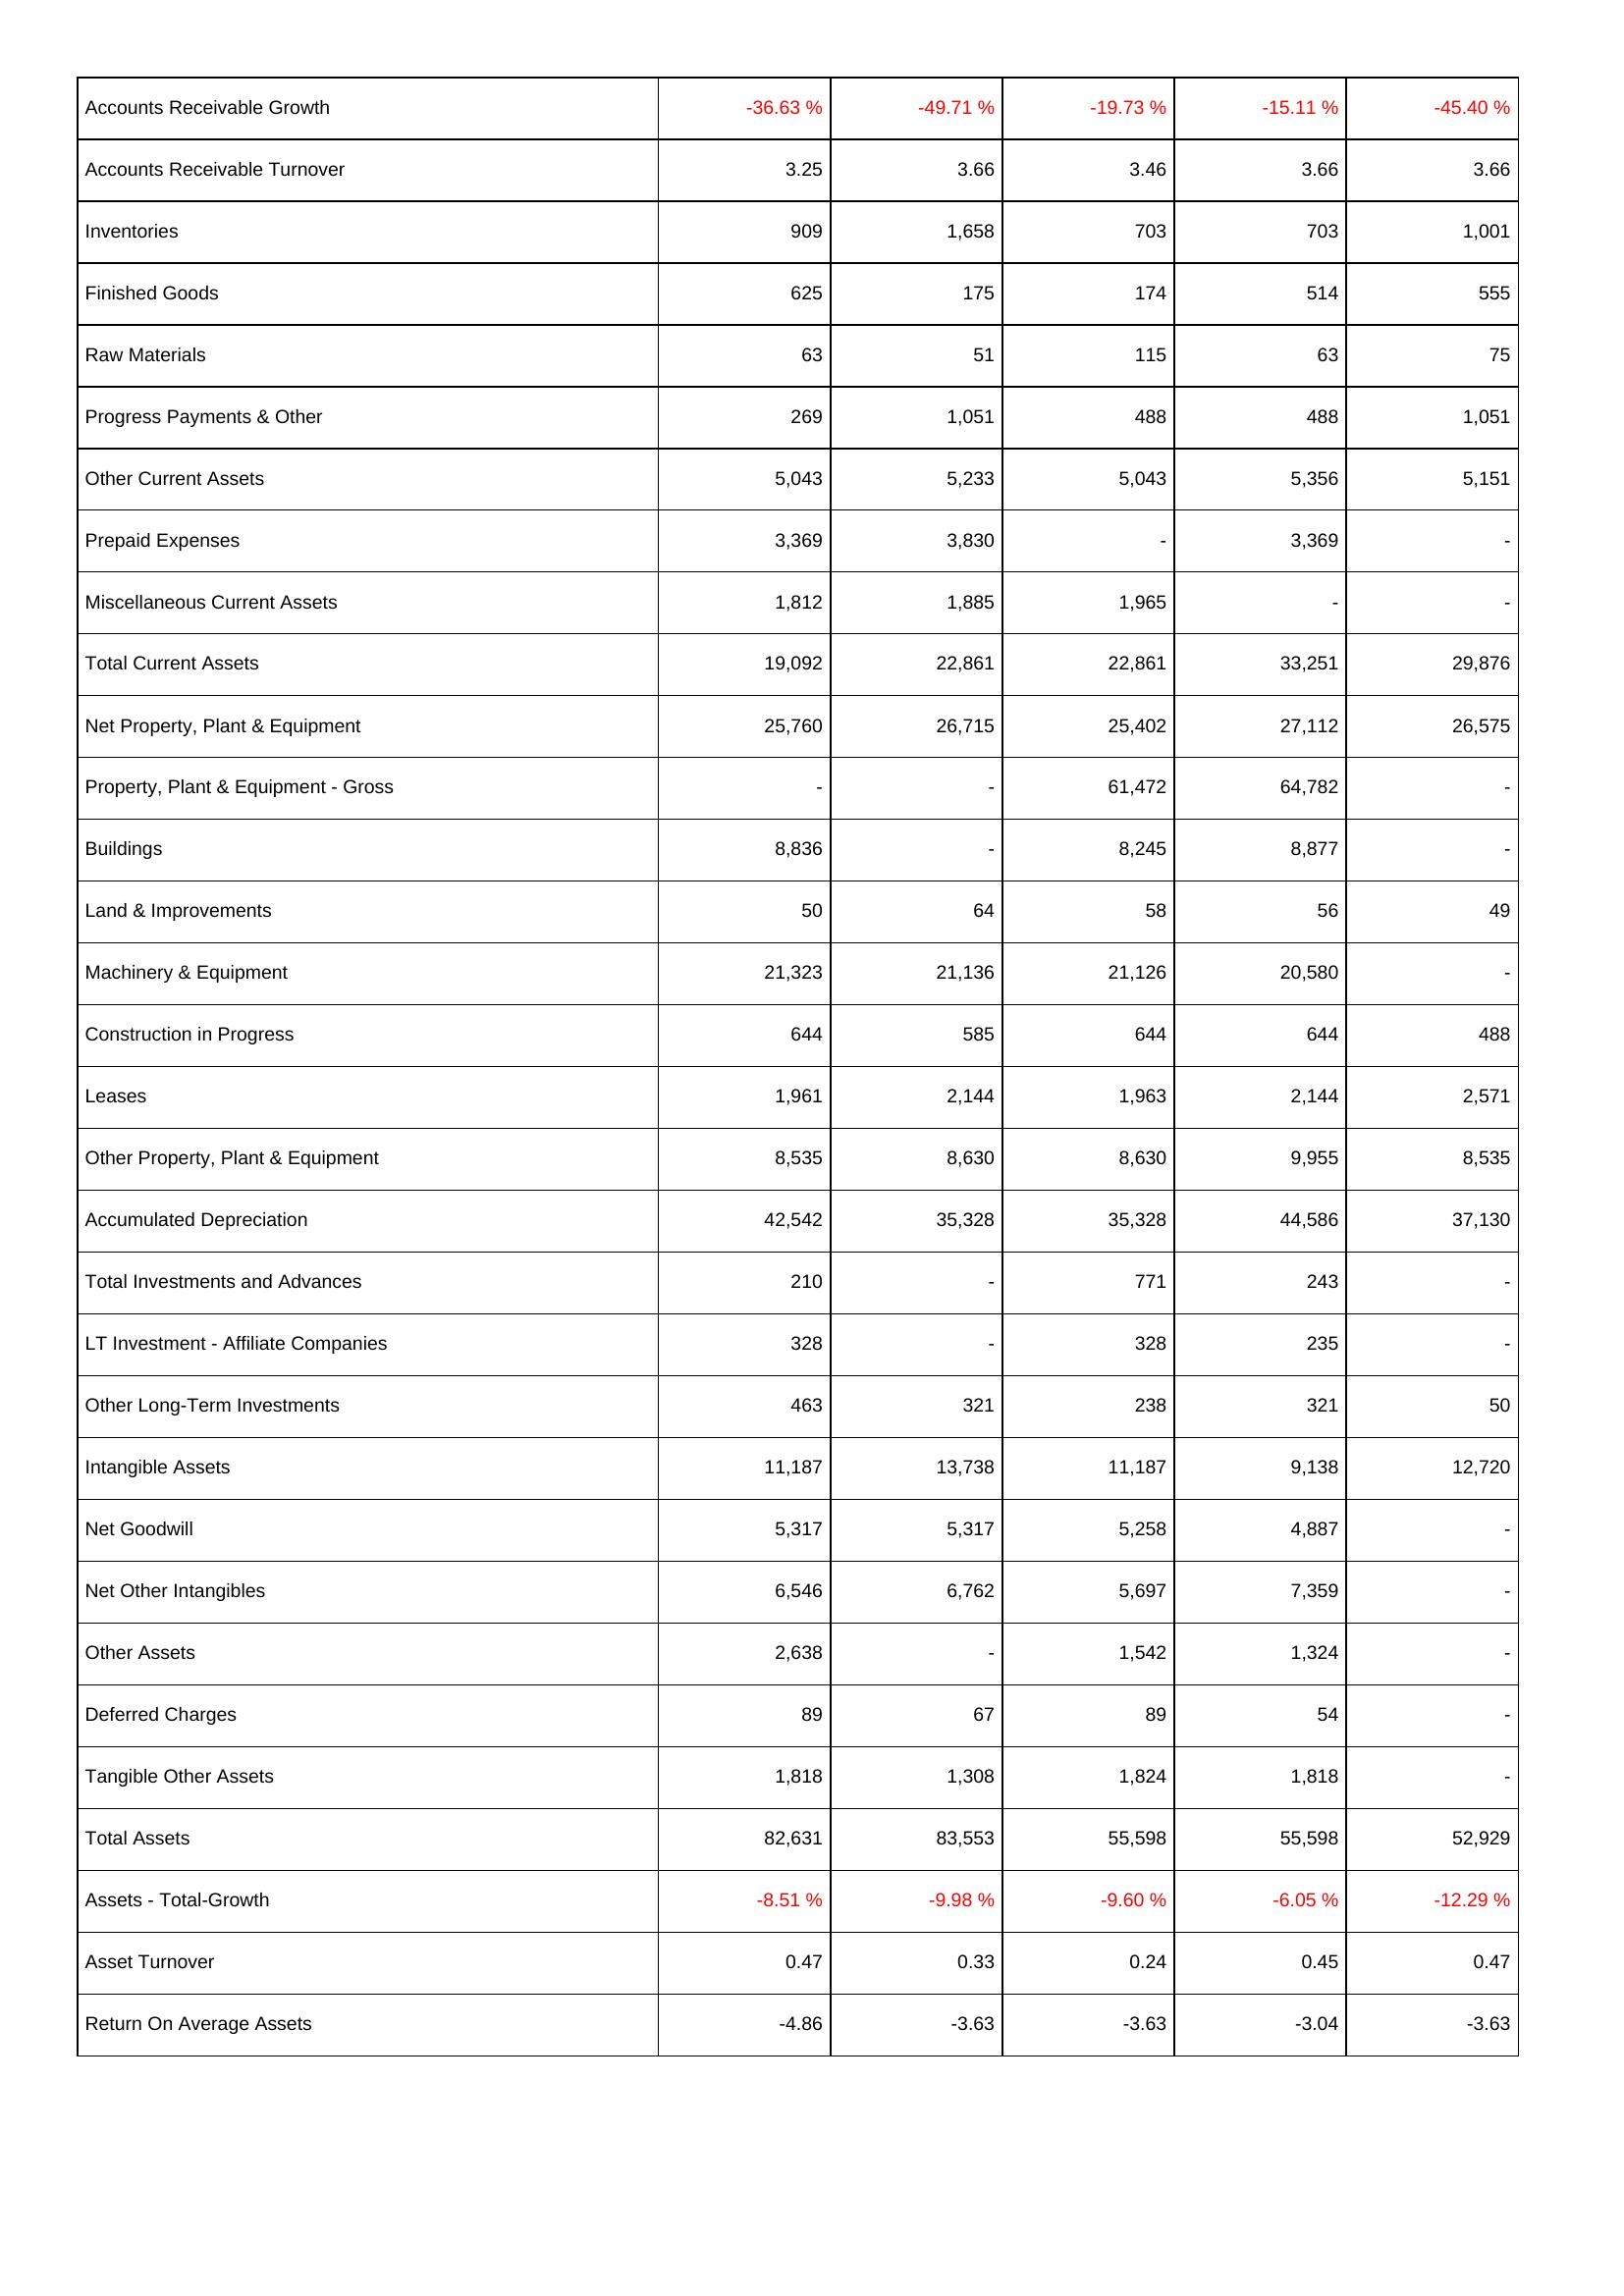
2020: Assets: Accounts Receivable Growth: -36.63 %
Accounts Receivable Turnover: 3.25
Inventories: 909
Finished Goods: 625
Raw Materials: 63
Progress Payments & Other: 269
Other Current Assets: 5,043
Prepaid Expenses: 3,369
Miscellaneous Current Assets: 1,812
Total Current Assets: 19,092
Net Property, Plant & Equipment: 25,760
Property, Plant & Equipment - Gross: -
Buildings: 8,836
Land & Improvements: 50
Machinery & Equipment: 21,323
Construction in Progress: 644
Leases: 1,961
Other Property, Plant & Equipment: 8,535
Accumulated Depreciation: 42,542
Total Investments and Advances: 210
LT Investment - Affiliate Companies: 328
Other Long-Term Investments: 463
Intangible Assets: 11,187
Net Goodwill: 5,317
Net Other Intangibles: 6,546
Other Assets: 2,638
Deferred Charges: 89
Tangible Other Assets: 1,818
Total Assets: 82,631
Assets - Total-Growth: -8.51 %
Asset Turnover: 0.47
Return On Average Assets: -4.86
2019: Assets: Accounts Receivable Growth: -49.71 %
Accounts Receivable Turnover: 3.66
Inventories: 1,658
Finished Goods: 175
Raw Materials: 51
Progress Payments & Other: 1,051
Other Current Assets: 5,233
Prepaid Expenses: 3,830
Miscellaneous Current Assets: 1,885
Total Current Assets: 22,861
Net Property, Plant & Equipment: 26,715
Property, Plant & Equipment - Gross: -
Buildings: -
Land & Improvements: 64
Machinery & Equipment: 21,136
Construction in Progress: 585
Leases: 2,144
Other Property, Plant & Equipment: 8,630
Accumulated Depreciation: 35,328
Total Investments and Advances: -
LT Investment - Affiliate Companies: -
Other Long-Term Investments: 321
Intangible Assets: 13,738
Net Goodwill: 5,317
Net Other Intangibles: 6,762
Other Assets: -
Deferred Charges: 67
Tangible Other Assets: 1,308
Total Assets: 83,553
Assets - Total-Growth: -9.98 %
Asset Turnover: 0.33
Return On Average Assets: -3.63
2018: Assets: Accounts Receivable Growth: -19.73 %
Accounts Receivable Turnover: 3.46
Inventories: 703
Finished Goods: 174
Raw Materials: 115
Progress Payments & Other: 488
Other Current Assets: 5,043
Prepaid Expenses: -
Miscellaneous Current Assets: 1,965
Total Current Assets: 22,861
Net Property, Plant & Equipment: 25,402
Property, Plant & Equipment - Gross: 61,472
Buildings: 8,245
Land & Improvements: 58
Machinery & Equipment: 21,126
Construction in Progress: 644
Leases: 1,963
Other Property, Plant & Equipment: 8,630
Accumulated Depreciation: 35,328
Total Investments and Advances: 771
LT Investment - Affiliate Companies: 328
Other Long-Term Investments: 238
Intangible Assets: 11,187
Net Goodwill: 5,258
Net Other Intangibles: 5,697
Other Assets: 1,542
Deferred Charges: 89
Tangible Other Assets: 1,824
Total Assets: 55,598
Assets - Total-Growth: -9.60 %
Asset Turnover: 0.24
Return On Average Assets: -3.63
2017: Assets: Accounts Receivable Growth: -15.11 %
Accounts Receivable Turnover: 3.66
Inventories: 703
Finished Goods: 514
Raw Materials: 63
Progress Payments & Other: 488
Other Current Assets: 5,356
Prepaid Expenses: 3,369
Miscellaneous Current Assets: -
Total Current Assets: 33,251
Net Property, Plant & Equipment: 27,112
Property, Plant & Equipment - Gross: 64,782
Buildings: 8,877
Land & Improvements: 56
Machinery & Equipment: 20,580
Construction in Progress: 644
Leases: 2,144
Other Property, Plant & Equipment: 9,955
Accumulated Depreciation: 44,586
Total Investments and Advances: 243
LT Investment - Affiliate Companies: 235
Other Long-Term Investments: 321
Intangible Assets: 9,138
Net Goodwill: 4,887
Net Other Intangibles: 7,359
Other Assets: 1,324
Deferred Charges: 54
Tangible Other Assets: 1,818
Total Assets: 55,598
Assets - Total-Growth: -6.05 %
Asset Turnover: 0.45
Return On Average Assets: -3.04
2016: Assets: Accounts Receivable Growth: -45.40 %
Accounts Receivable Turnover: 3.66
Inventories: 1,001
Finished Goods: 555
Raw Materials: 75
Progress Payments & Other: 1,051
Other Current Assets: 5,151
Prepaid Expenses: -
Miscellaneous Current Assets: -
Total Current Assets: 29,876
Net Property, Plant & Equipment: 26,575
Property, Plant & Equipment - Gross: -
Buildings: -
Land & Improvements: 49
Machinery & Equipment: -
Construction in Progress: 488
Leases: 2,571
Other Property, Plant & Equipment: 8,535
Accumulated Depreciation: 37,130
Total Investments and Advances: -
LT Investment - Affiliate Companies: -
Other Long-Term Investments: 50
Intangible Assets: 12,720
Net Goodwill: -
Net Other Intangibles: -
Other Assets: -
Deferred Charges: -
Tangible Other Assets: -
Total Assets: 52,929
Assets - Total-Growth: -12.29 %
Asset Turnover: 0.47
Return On Average Assets: -3.63